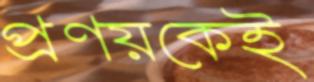
প্রণয়কেই